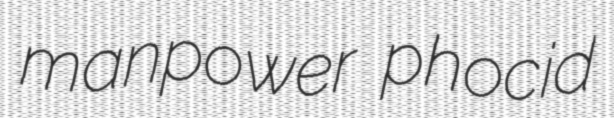
manpower phocid